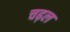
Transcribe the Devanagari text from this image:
चढ़ल